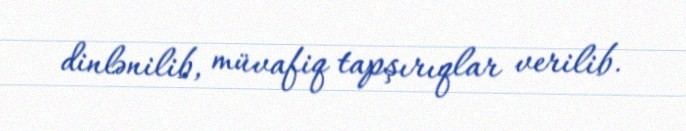
dinlənilib, müvafiq tapşırıqlar verilib.